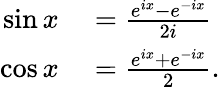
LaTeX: \begin{array}{rl}{\sin x}&{{}={\frac{e^{ix}-e^{-ix}}{2i}}}\\ {\cos x}&{{}={\frac{e^{ix}+e^{-ix}}{2}}.}\end{array}